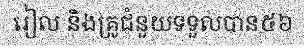
រៀល និងគ្រូជំនួយទទួលបាន៥៦